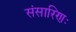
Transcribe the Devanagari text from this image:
संसारिणः